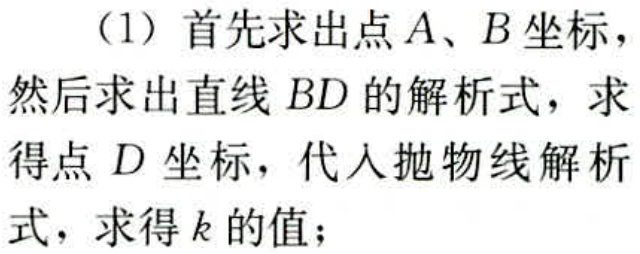
（1）首先求出点\(A、B\)坐标，然后求出直线\(BD\)的解析式，求得点\(D\)坐标，代入抛物线解析式，求得\(k\)的值；